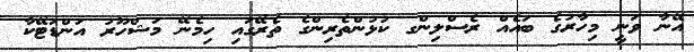
އޭނާ ވަނީ މިހާރުގެ ބައެއް ރެސްލިންގ ކުޅުންތެރިންގެ ތެރޭގައި ހިމެނޭ މަޝްހޫރު އަންޑަޓޭކާ